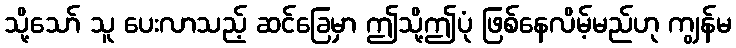
သို့သော် သူ ပေးလာသည့် ဆင်ခြေမှာ ဤသို့ဤပုံ ဖြစ်နေလိမ့်မည်ဟု ကျွန်မ